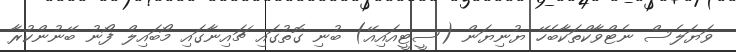
ވަޔަލެސް ނެޓްވާކްތަކާބެހޭ ޔުނިޔަން (ސީޓީއައިއޭ) ބުނި ގޮތުގައި ޗައިނާގައި މޯބައިލް ފޯނު ބޭނުންކުރާ